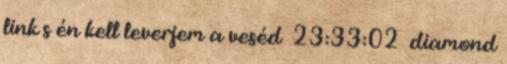
link s én kell leverjem a veséd 23:33:02 diamond